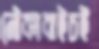
নৌকাবাইচই